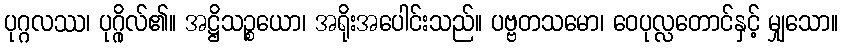
ပုဂ္ဂလဿ၊ ပုဂ္ဂိုလ်၏။ အဋ္ဌိသဉ္စယော၊ အရိုးအပေါင်းသည်။ ပဗ္ဗတသမော၊ ဝေပုလ္လတောင်နှင့် မျှသော။